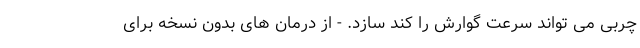
چربی می تواند سرعت گوارش را کند سازد. - از درمان های بدون نسخه برای